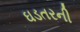
ઘડતરની